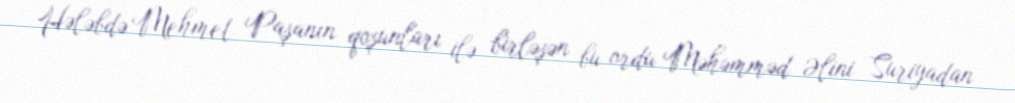
Hələbdə Mehmet Paşanın qoşunları ilə birləşən bu ordu Məhəmməd Əlini Suriyadan